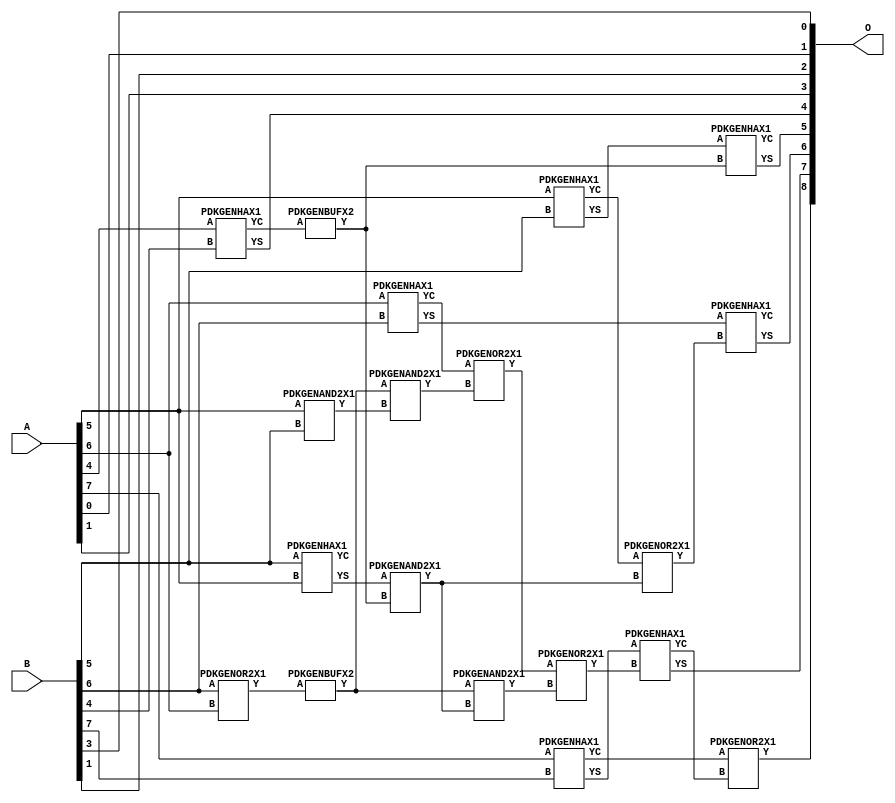
// Library = EvoApprox8b
// Circuit = add8_200
// Area   (180) = 976
// Delay  (180) = 0.780
// Power  (180) = 282.00
// Area   (45) = 63
// Delay  (45) = 0.330
// Power  (45) = 23.01
// Nodes = 19
// HD = 190592
// MAE = 8.42969
// MSE = 103.00000
// MRE = 4.43 %
// WCE = 24
// WCRE = 300 %
// EP = 96.9 %

module add8_200(A, B, O);
  input [7:0] A;
  input [7:0] B;
  output [8:0] O;
  wire [2031:0] N;

  assign N[0] = A[0];
  assign N[1] = A[0];
  assign N[2] = A[1];
  assign N[3] = A[1];
  assign N[4] = A[2];
  assign N[5] = A[2];
  assign N[6] = A[3];
  assign N[7] = A[3];
  assign N[8] = A[4];
  assign N[9] = A[4];
  assign N[10] = A[5];
  assign N[11] = A[5];
  assign N[12] = A[6];
  assign N[13] = A[6];
  assign N[14] = A[7];
  assign N[15] = A[7];
  assign N[16] = B[0];
  assign N[17] = B[0];
  assign N[18] = B[1];
  assign N[19] = B[1];
  assign N[20] = B[2];
  assign N[21] = B[2];
  assign N[22] = B[3];
  assign N[23] = B[3];
  assign N[24] = B[4];
  assign N[25] = B[4];
  assign N[26] = B[5];
  assign N[27] = B[5];
  assign N[28] = B[6];
  assign N[29] = B[6];
  assign N[30] = B[7];
  assign N[31] = B[7];

  PDKGENOR2X1 n44(.A(N[28]), .B(N[12]), .Y(N[44]));
  PDKGENBUFX2 n64(.A(N[44]), .Y(N[64]));
  PDKGENHAX1 n68(.A(N[8]), .B(N[24]), .YS(N[68]), .YC(N[69]));
  PDKGENBUFX2 n70(.A(N[69]), .Y(N[70]));
  assign N[71] = N[70];
  PDKGENHAX1 n78(.A(N[10]), .B(N[26]), .YS(N[78]), .YC(N[79]));
  PDKGENHAX1 n86(.A(N[12]), .B(N[28]), .YS(N[86]), .YC(N[87]));
  PDKGENHAX1 n96(.A(N[14]), .B(N[30]), .YS(N[96]), .YC(N[97]));
  PDKGENAND2X1 n130(.A(N[10]), .B(N[26]), .Y(N[130]));
  assign N[131] = N[130];
  PDKGENHAX1 n134(.A(N[26]), .B(N[10]), .YS(N[134]), .YC(N[135]));
  PDKGENAND2X1 n162(.A(N[64]), .B(N[131]), .Y(N[162]));
  PDKGENOR2X1 n180(.A(N[87]), .B(N[162]), .Y(N[180]));
  assign N[181] = N[180];
  PDKGENAND2X1 n226(.A(N[134]), .B(N[71]), .Y(N[226]));
  assign N[227] = N[226];
  PDKGENOR2X1 n244(.A(N[79]), .B(N[227]), .Y(N[244]));
  assign N[245] = N[244];
  PDKGENAND2X1 n254(.A(N[64]), .B(N[226]), .Y(N[254]));
  PDKGENOR2X1 n272(.A(N[181]), .B(N[254]), .Y(N[272]));
  assign N[273] = N[272];
  PDKGENHAX1 n394(.A(N[78]), .B(N[71]), .YS(N[394]), .YC(N[395]));
  PDKGENHAX1 n404(.A(N[86]), .B(N[245]), .YS(N[404]), .YC(N[405]));
  PDKGENHAX1 n412(.A(N[96]), .B(N[273]), .YS(N[412]), .YC(N[413]));
  PDKGENOR2X1 n422(.A(N[97]), .B(N[413]), .Y(N[422]));

  assign O[0] = N[22];
  assign O[1] = N[0];
  assign O[2] = N[18];
  assign O[3] = N[2];
  assign O[4] = N[68];
  assign O[5] = N[394];
  assign O[6] = N[404];
  assign O[7] = N[412];
  assign O[8] = N[422];

endmodule
/* mod */
module PDKGENAND2X1(input A, input B, output Y );
     assign Y = A & B;
endmodule
/* mod */
module PDKGENOR2X1(input A, input B, output Y );
     assign Y = A | B;
endmodule
/* mod */
module PDKGENHAX1( input A, input B, output YS, output YC );
    assign YS = A ^ B;
    assign YC = A & B;
endmodule
/* mod */
module PDKGENBUFX2(input A, output Y );
     assign Y = A;
endmodule